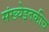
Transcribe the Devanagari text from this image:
संख्येइतकीच